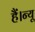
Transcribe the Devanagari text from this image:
हैं।न्यू